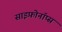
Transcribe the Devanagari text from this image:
साइफ़ोनॉप्स